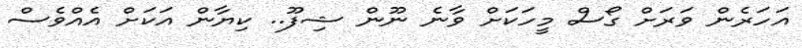
އަހަރެން ވަރަށް ގޯސް މީހަކަށް ވާނެ ނޫން ޝިފޫ.. ކިޔާން އަކަށް އެއްވެސް